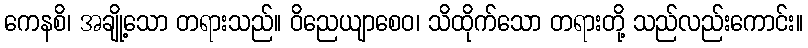
ကေနစိ၊ အချို့သော တရားသည်။ ဝိညေယျာစေဝ၊ သိထိုက်သော တရားတို့ သည်လည်းကောင်း။